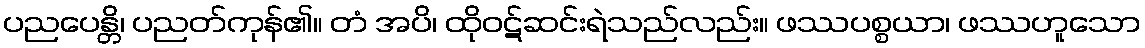
ပညပေန္တိ၊ ပညတ်ကုန်၏။ တံ အပိ၊ ထိုဝဋ်ဆင်းရဲသည်လည်း။ ဖဿပစ္စယာ၊ ဖဿဟူသော